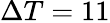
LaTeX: \Delta T=11